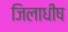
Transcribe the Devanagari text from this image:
जिलाधीष